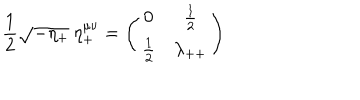
LaTeX: { \frac { 1 } { 2 } } \sqrt { - \eta _ { + } } \: \eta _ { + } ^ { \mu \nu } = \left( \begin{array} { c c } { { 0 } } & { { { { \frac { 1 } { 2 } } } } } \\ { { { { \frac { 1 } { 2 } } } } } & { { { \lambda _ { + + } } } } \\ \end{array} \right)